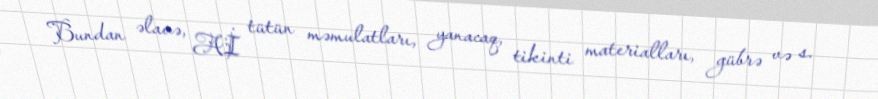
Bundan əlavə, Aİ tütün məmulatları, yanacaq, tikinti materialları, gübrə və s.